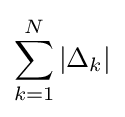
\sum _{k=1}^{N}|\Delta _{k}|